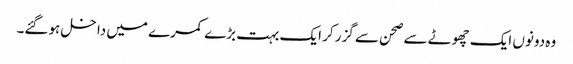
وہ دونوں ایک چھوٹے سے صحن سے گزر کر ایک بہت بڑے کمرے میں داخل ہوگئے۔